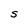
Character: s